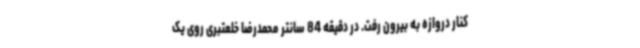
کنار دروازه به بیرون رفت. در دقیقه 84 سانتر محمدرضا خلعتبری روی یک